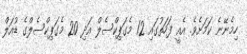
ހިމެނޭނެ ކަމަށެވެ. އެއީ ފަހަތުގައި 12 މެގަޕިކްސެލް އަދި 20 މެގަޕިކްސެލްގެ ޑުއަލް